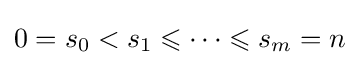
0=s_{0}<s_{1}\leqslant \cdots \leqslant s_{m}=n